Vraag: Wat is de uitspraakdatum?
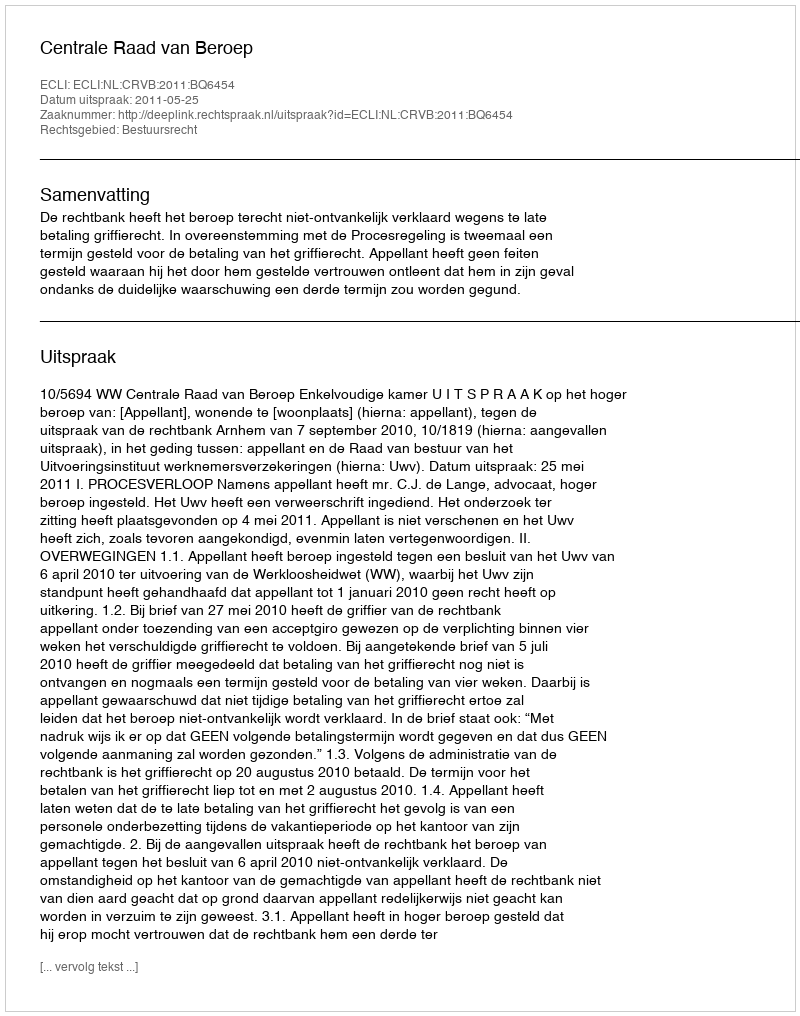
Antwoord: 2011-05-25